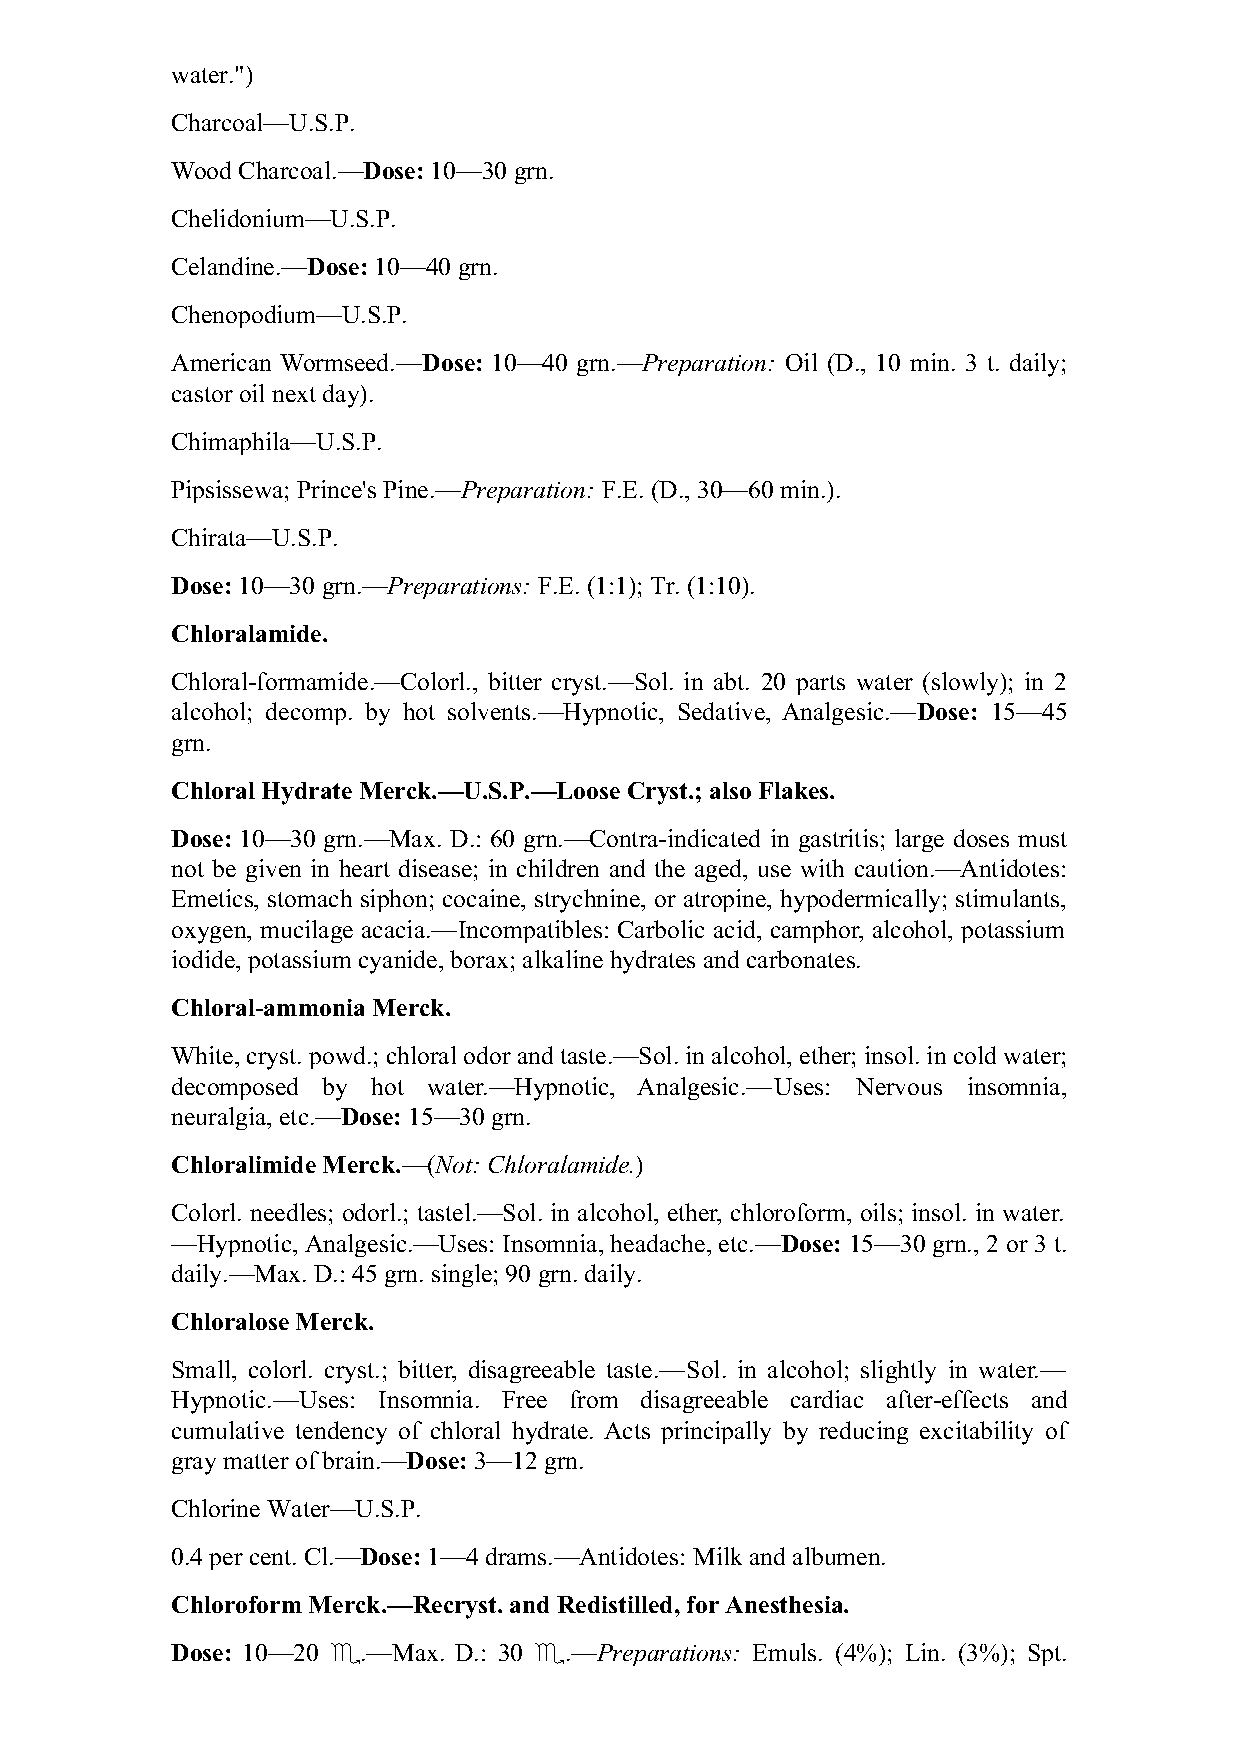
water.")
 Charcoal—U.S.P.
 Wood Charcoal.—Dose: 10—30 grn.
 Chelidonium—U.S.P.
 Celandine.—Dose: 10—40 grn.
 Chenopodium—U.S.P.
 American Wormseed.—Dose: 10—40 grn.—Preparation: Oil (D., 10 min. 3 t. daily;
 castor oil next day).
 Chimaphila—U.S.P.
 Pipsissewa; Prince's Pine.—Preparation: F.E. (D., 30—60 min.).
 Chirata—U.S.P.
 Dose: 10—30 grn.—Preparations: F.E. (1:1); Tr. (1:10).
 Chloralamide.
 Chloral-formamide.—Colorl., bitter cryst.—Sol. in abt. 20 parts water (slowly); in 2
 alcohol; decomp. by hot solvents.—Hypnotic, Sedative, Analgesic.—Dose: 15—45
 grn.
 Chloral Hydrate Merck.—U.S.P.—Loose Cryst.; also Flakes.
 Dose: 10—30 grn.—Max. D.: 60 grn.—Contra-indicated in gastritis; large doses must
 not be given in heart disease; in children and the aged, use with caution.—Antidotes:
 Emetics, stomach siphon; cocaine, strychnine, or atropine, hypodermically; stimulants,
 oxygen, mucilage acacia.—Incompatibles: Carbolic acid, camphor, alcohol, potassium
 iodide, potassium cyanide, borax; alkaline hydrates and carbonates.
 Chloral-ammonia Merck.
 White, cryst. powd.; chloral odor and taste.—Sol. in alcohol, ether; insol. in cold water;
 decomposed by hot water.—Hypnotic, Analgesic.—Uses: Nervous insomnia,
 neuralgia, etc.—Dose: 15—30 grn.
 Chloralimide Merck.—(Not: Chloralamide.)
 Colorl. needles; odorl.; tastel.—Sol. in alcohol, ether, chloroform, oils; insol. in water.
 —Hypnotic, Analgesic.—Uses: Insomnia, headache, etc.—Dose: 15—30 grn., 2 or 3 t.
 daily.—Max. D.: 45 grn. single; 90 grn. daily.
 Chloralose Merck.
 Small, colorl. cryst.; bitter, disagreeable taste.—Sol. in alcohol; slightly in water.—
 Hypnotic.—Uses: Insomnia. Free from disagreeable cardiac after-effects and
 cumulative tendency of chloral hydrate. Acts principally by reducing excitability of
 gray matter of brain.—Dose: 3—12 grn.
 Chlorine Water—U.S.P.
 0.4 per cent. Cl.—Dose: 1—4 drams.—Antidotes: Milk and albumen.
 Chloroform Merck.—Recryst. and Redistilled, for Anesthesia.
 Dose: 10—20 ♏.—Max. D.: 30 ♏.—Preparations: Emuls. (4%); Lin. (3%); Spt.